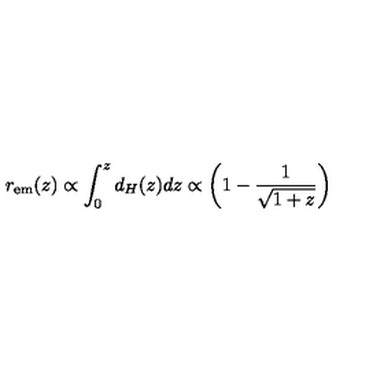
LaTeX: r _ { \mathrm { e m } } ( z ) \propto \int _ { 0 } ^ { z } d _ { H } ( z ) d z \propto \left( 1 - \frac { 1 } { \sqrt { 1 + z } } \right)